King Institute of Preventive Medicine Micro-Biological Section reports 1912-19
Year: 1912
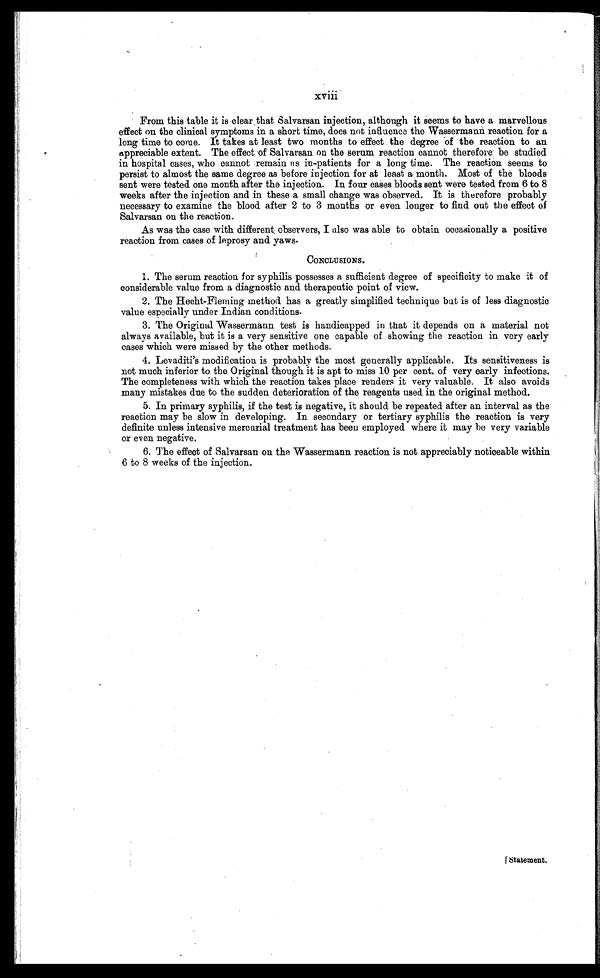
xviii
From this table it is clear that Salvarsan injection, although it seems to have a marvellous
effect on the clinical symptoms in a short time, does not influence the Wassermann reaction for a
long time to come. It takes at least two months to effect the degree of the reaction to an
appreciable extent. The effect of Salvarsan on the serum reaction cannot therefore be studied
in hospital cases, who cannot remain as in-patients for a long time. The reaction seems to
persist to almost the same degree as before injection for at least a month. Most of the bloods
sent were tested one month after the injection. In four cases bloods sent were tested from 6 to 8
weeks after the injection and in these a small change was observed. It is therefore probably
necessary to examine the blood after 2 to 3 months or even longer to find out the effect of
Salvarsan on the reaction.
As was the case with different observers, I also was able to obtain occasionally a positive
reaction from cases of leprosy and yaws.
CONCLUSIONS.
1. The serum reaction for syphilis possesses a sufficient degree of specificity to make it of
considerable value from a diagnostic and therapeutic point of view.
2. The Hecht-Fleming method has a greatly simplified technique but is of less diagnostic
value especially under Indian conditions.
3. The Original Wassermann test is handicapped in that it depends on a material not
always available, but it is a very sensitive one capable of showing the reaction in very early
cases which were missed by the other methods.
4. Levaditi's modification is probably the most generally applicable. Its sensitiveness is
not much inferior to the Original though it is apt to miss 10 per cent. of very early infections.
The completeness with which the reaction takes place renders it very valuable. It also avoids
many mistakes due to the sudden deterioration of the reagents used in the original method.
5. In primary syphilis, if the test is negative, it should be repeated after an interval as the
reaction may be slow in developing. In secondary or tertiary syphilis the reaction is very
definite unless intensive mercurial treatment has been employed where it may be very variable
or even negative.
6. The effect of Salvarsan on the Wassermann reaction is not appreciably noticeable within
6 to 8 weeks of the injection.
Statement.